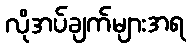
လိုအပ်ချက်များအရ